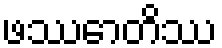
ဖဿောတိဿ